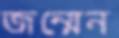
জন্মেন